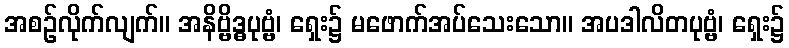
အစဉ်လိုက်လျက်။ အနိဗ္ဗိဒ္ဓပုဗ္ဗံ၊ ရှေး၌ မဖောက်အပ်သေးသော။ အပဒါလိတပုဗ္ဗံ၊ ရှေး၌